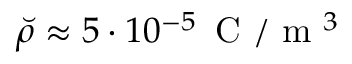
\breve { \rho } \approx 5 \cdot 1 0 ^ { - 5 } \, \textrm { C } / \textrm { m } ^ { 3 }